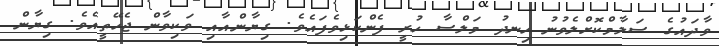
ވާދައުގެ ސަލާމްކޮށްލެވުނު ހިނދު މަލްސާ ހުރީ ފެންކަޅިވެފައެވެ. ގިޔާންއާއި ވަކިވާން ޖެހޭތީއެވެ. ގިޔާން